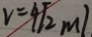
v = 4 \sqrt { 2 } m l